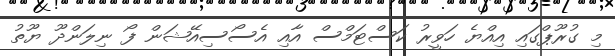
މި ގުރޫޕްގައި އިއްޔެ ހަވީރު ކަސްޓަމްސް އާއި އެސޯސިއޭޝަން ފޯ ނިލަންދޫ ޔޫތު